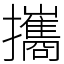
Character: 攜